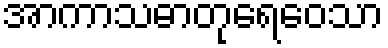
အာကာသဓာတုရေဝေသာ